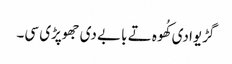
گڑیوادی کُھوہ تے بابے دی جھوپڑی سی۔